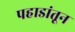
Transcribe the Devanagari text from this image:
पहाडांतून